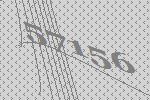
57156